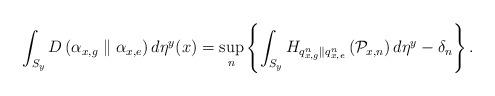
LaTeX: \begin{align*}\int_{S_{y}}D\left(\alpha_{x,g}\parallel\alpha_{x,e}\right)d\eta^{y}(x)=\sup_{n}\left\{ \int_{S_{y}}H_{q_{x,g}^{n}\parallel q_{x,e}^{n}}\left(\mathcal{P}_{x,n}\right)d\eta^{y}-\delta_{n}\right\} .\end{align*}